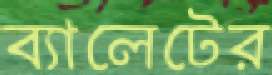
ব্যালেটের